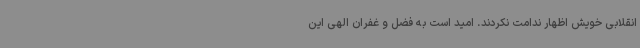
انقلابی خویش اظهار ندامت نکردند. امید است به فضل و غفران الهی این